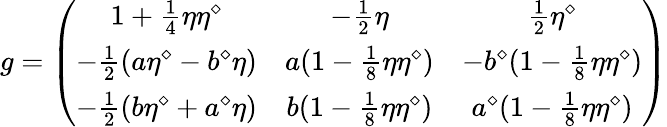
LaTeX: g=\left(\begin{array}{ccc}{{1+{\frac{1}{4}}\eta\eta^{\diamond}}}&{{-{\frac{1}{2}}\eta}}&{{{\frac{1}{2}}\eta^{\diamond}}}\\ {{-{\frac{1}{2}}(a\eta^{\diamond}-b^{\diamond}\eta)}}&{{a(1-{\frac{1}{8}}\eta\eta^{\diamond})}}&{{-b^{\diamond}(1-{\frac{1}{8}}\eta\eta^{\diamond})}}\\ {{-{\frac{1}{2}}(b\eta^{\diamond}+a^{\diamond}\eta)}}&{{b(1-{\frac{1}{8}}\eta\eta^{\diamond})}}&{{a^{\diamond}(1-{\frac{1}{8}}\eta\eta^{\diamond})}}\end{array}\right)